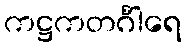
ကဋ္ဌကတင်္ဂါရေ